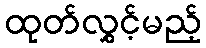
ထုတ်လွှင့်မည့်